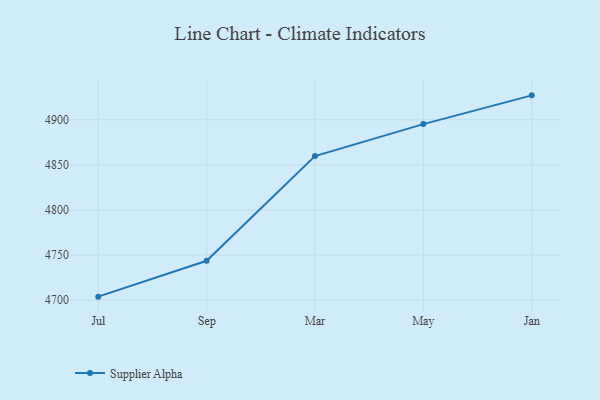
{"axis": {"x": "Month", "y": "Headcount"}, "legend": ["Supplier Alpha"], "data": [{"x": "Jul", "y": 4703.9, "type": "Supplier Alpha"}, {"x": "Sep", "y": 4743.7, "type": "Supplier Alpha"}, {"x": "Mar", "y": 4859.8, "type": "Supplier Alpha"}, {"x": "May", "y": 4895.2, "type": "Supplier Alpha"}, {"x": "Jan", "y": 4927.1, "type": "Supplier Alpha"}]}